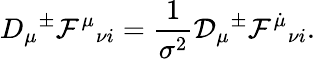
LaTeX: D_{\mu}{}^{\pm}{\cal F}^{\mu}{}_{\nu i}=\frac{1}{\sigma^{2}}{\cal D}_{\mu}{}^{\pm}{\cal F}^{\dot{\mu}}{}_{\nu i}.